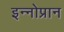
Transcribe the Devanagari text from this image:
इन्नोप्रान